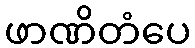
ဖာဏိတံပေ